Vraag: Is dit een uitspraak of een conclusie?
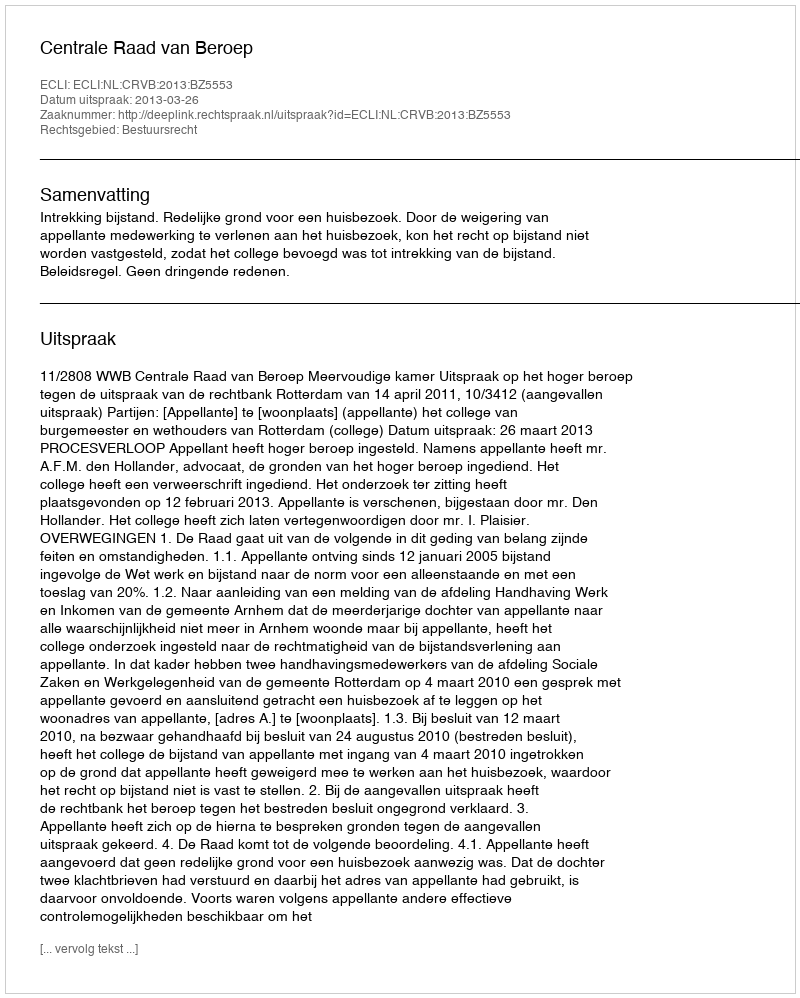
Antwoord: Uitspraak